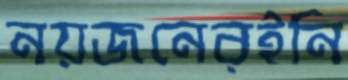
নয়জনেরইনি